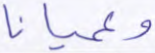
وعميانا